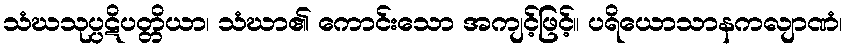
သံဃသုပ္ပဋိပတ္တိယာ၊ သံဃာ၏ ကောင်းသော အကျင့်ဖြင့်။ ပရိယောသာနကလျာဏံ၊